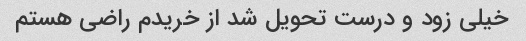
خیلی زود و درست تحویل شد از خریدم راضی هستم